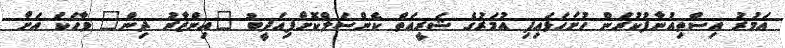
އަމުރު އިސްތިއުނާފުކުރަން ހުށަހަޅައިފި އުމަރުގެ ޝަރީއަތް ކެންސަލްކޮށްފިއަދީބު "އިންޒާރު ދިން" ވާހަކަ އަށް